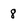
Character: 8